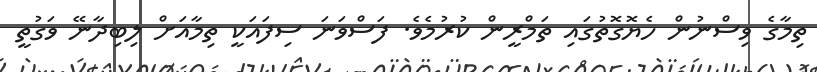
ތިމާގެ ވިސްނުން ހެޔޮގޮތުގައި ތަމްރީން ކުރުމެވެ. ފަސްވަނަ ސިފައަކީ ތިމާއަށް ލިބިދާނޭ ވަގުތީ